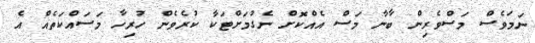
ނަމަވެސް މަސްވެރިން ބާނާ މަސް އެއްކޮށް ނެގުމަށްޓަކާ ކުރެވެން ހުރިހާ މަސައްކަތެއް އެ